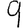
Digit: 9